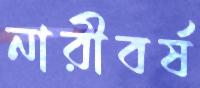
নারীবর্ষ